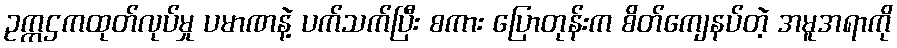
ဥက္ကဌကထုတ်လုပ်မှု ပမာဏနဲ့ ပက်သက်ပြီး စကား ပြောတုန်းက စိတ်ကျေနပ်တဲ့ အမူအရာကို